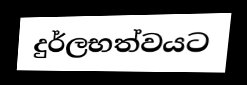
දුර්ලභත්වයට